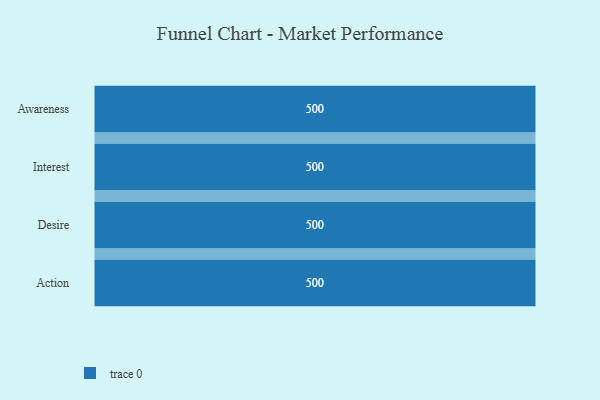
{"axis": {"x": "Stage", "y": "Value"}, "legend": [""], "data": [{"x": "Awareness", "y": 500, "type": ""}, {"x": "Interest", "y": 500, "type": ""}, {"x": "Desire", "y": 500, "type": ""}, {"x": "Action", "y": 500, "type": ""}]}